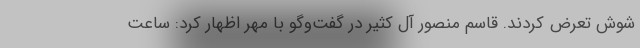
شوش تعرض کردند. قاسم منصور آل کثیر در گفت‌وگو با مهر اظهار کرد: ساعت